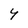
Character: Y